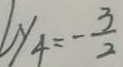
y _ { 4 } = - \frac { 3 } { 2 }